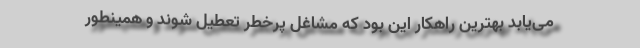
می‌یابد بهترین راهکار این بود که مشاغل پرخطر تعطیل شوند و همینطور